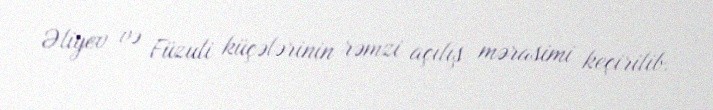
Əliyev və Füzuli küçələrinin rəmzi açılış mərasimi keçirilib.